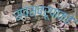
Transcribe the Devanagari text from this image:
स्वस्वरूपाकडे